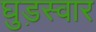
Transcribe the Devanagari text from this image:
घुड़स्वार